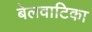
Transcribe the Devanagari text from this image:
बेलवाटिका